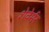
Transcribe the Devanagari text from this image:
शेवेर्मर